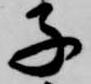
子